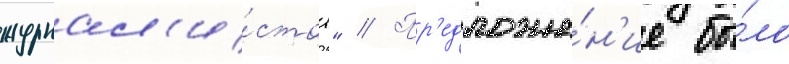
журнал'и́стов" // Пр'едложе́н'ие бы́ло